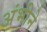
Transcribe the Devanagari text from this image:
अंभीने